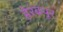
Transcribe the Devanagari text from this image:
हेरंबपूर